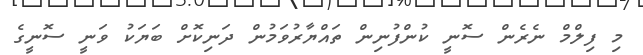
މި ފިލްމް ނެރެން ސޮނީ ކުންފުނިން ތައްޔާރުވަމުން ދަނިކޮށް ބަޔަކު ވަނީ ސޮނީގެ